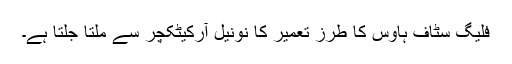
فلیگ سٹاف ہاؤس کا طرز تعمیر کا نونیل آرکیٹکچر سے ملتا جلتا ہے۔